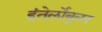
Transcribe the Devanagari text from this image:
इंतेर्लोबुलर